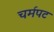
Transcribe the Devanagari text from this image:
चर्मपट